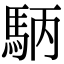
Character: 𮩺